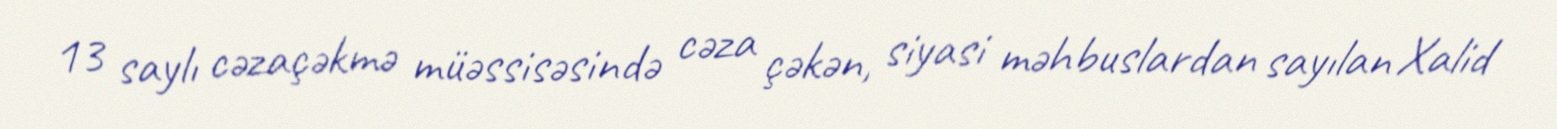
13 saylı cəzaçəkmə müəssisəsində cəza çəkən, siyasi məhbuslardan sayılan Xalid